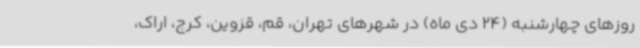
روزهای چهارشنبه (24 دی ماه) در شهرهای تهران، قم، قزوین، کرج، اراک،